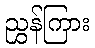
ညွှန်ကြား